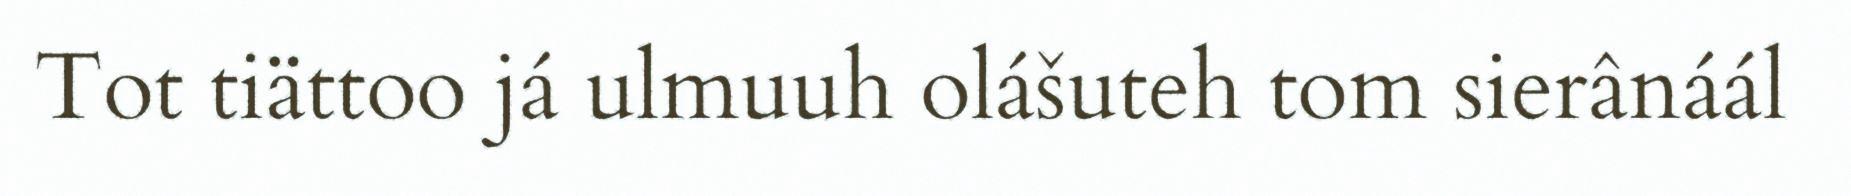
Tot tiättoo já ulmuuh olášuteh tom sierânáál